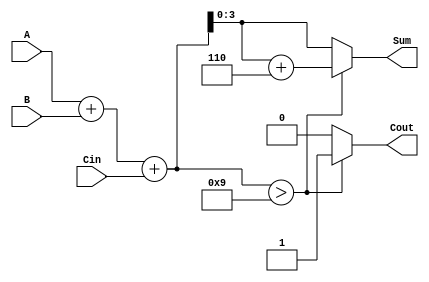
module bcd_adder (
    input  wire [3:0] A,      // First BCD digit
    input  wire [3:0] B,      // Second BCD digit
    input  wire Cin,          // Carry input
    output reg  [3:0] Sum,    // BCD Sum output
    output reg  Cout          // Carry output
);

// Internal signals
wire [4:0] RawSum;           // Raw sum (5 bits to capture carry)
wire Correction;             // Correction needed signal

// Calculate the initial sum
assign RawSum = A + B + Cin;

// Determine if correction is needed
assign Correction = (RawSum > 4'd9); // Check if RawSum exceeds 9

// Combinational logic
always @(*) begin
    if (Correction) begin
        Sum = RawSum[3:0] + 4'd6; // Apply correction by adding 6
        Cout = 1'b1;               // Set carry out if correction is applied
    end else begin
        Sum = RawSum[3:0];         // No correction needed
        Cout = 1'b0;               // No carry out
    end
end

endmodule